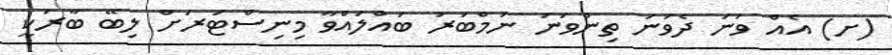
(ށ) އެއް ވަނަ ދެވަނަ ތިންވަނަ ނަމްބަރު ބައްލައްވާ މިނިސްޓަރަށް ލިބޭ ބާރަކީ